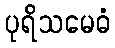
ပုရိသမေဓံ